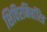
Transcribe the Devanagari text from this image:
शिविरनिर्धारित